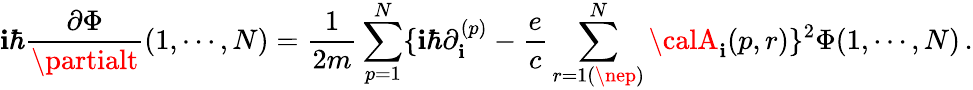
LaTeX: \mathbf{i}\hbar{\frac{{\partial\Phi}}{{\partialt}}}(1,\cdots,N)={\frac{{1}}{{2m}}}\sum_{p=1}^{N}\{ \mathbf{i}\hbar\partial_{\mathbf{i}}^{(p)}-{\frac{{e}}{{c}}}\sum_{r=1(\nep)}^{N}{\calA}_{\mathbf{i}}(p,r)\} ^{2}\Phi(1,\cdots,N)\, .